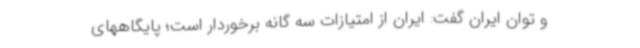
و توان ایران گفت: ایران از امتیازات سه گانه برخوردار است؛ پایگاههای